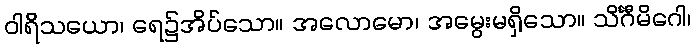
ဝါရိသယော၊ ရေ၌အိပ်သော။ အလောမော၊ အမွေးမရှိသော။ သိင်္ဂီမိဂေါ၊